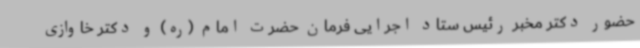
حضور دکتر مخبر رئیس ستاد اجرایی فرمان حضرت امام (ره) و دکتر خاوازی